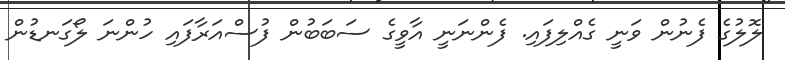
ލޮލުގެ ފެނުން ވަނީ ގެއްލިފައި. ފެންނަނީ އާވީގެ ސަބަބުން ފުސްއަރާފައި ހުންނަ ލޯގަނޑުން